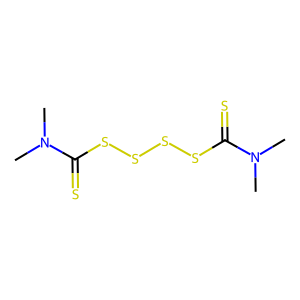
SMILES: CN(C)C(=S)SSSSC(=S)N(C)C
Inhibits HIV replication: No